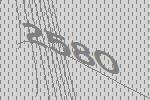
2580